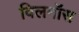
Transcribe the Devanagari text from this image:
विलमॉस